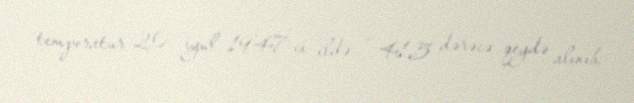
temperatur 20 iyul 1947-ci ildə + 41,5 dərəcə qeydə alınıb.